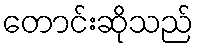
တောင်းဆိုသည်